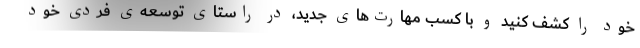
خود را کشف کنید و با کسب مهارت‌های جدید، در راستای توسعه‌ی فردی خود